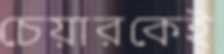
চেয়ারকেই